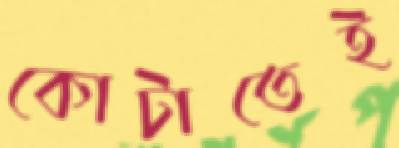
কোটাতেই